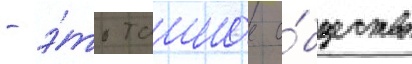
- э́то таиное о́бщество